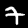
Digit: 7